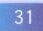
\(31\)